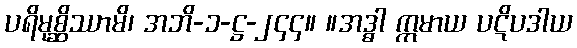
ပရိမုစ္ဆိဿာမိ၊ အဘိ-၁-ဋ္ဌ-၂၄၄။ ။အဒ္ဓါ ဣမာယ ပဋိပဒါယ